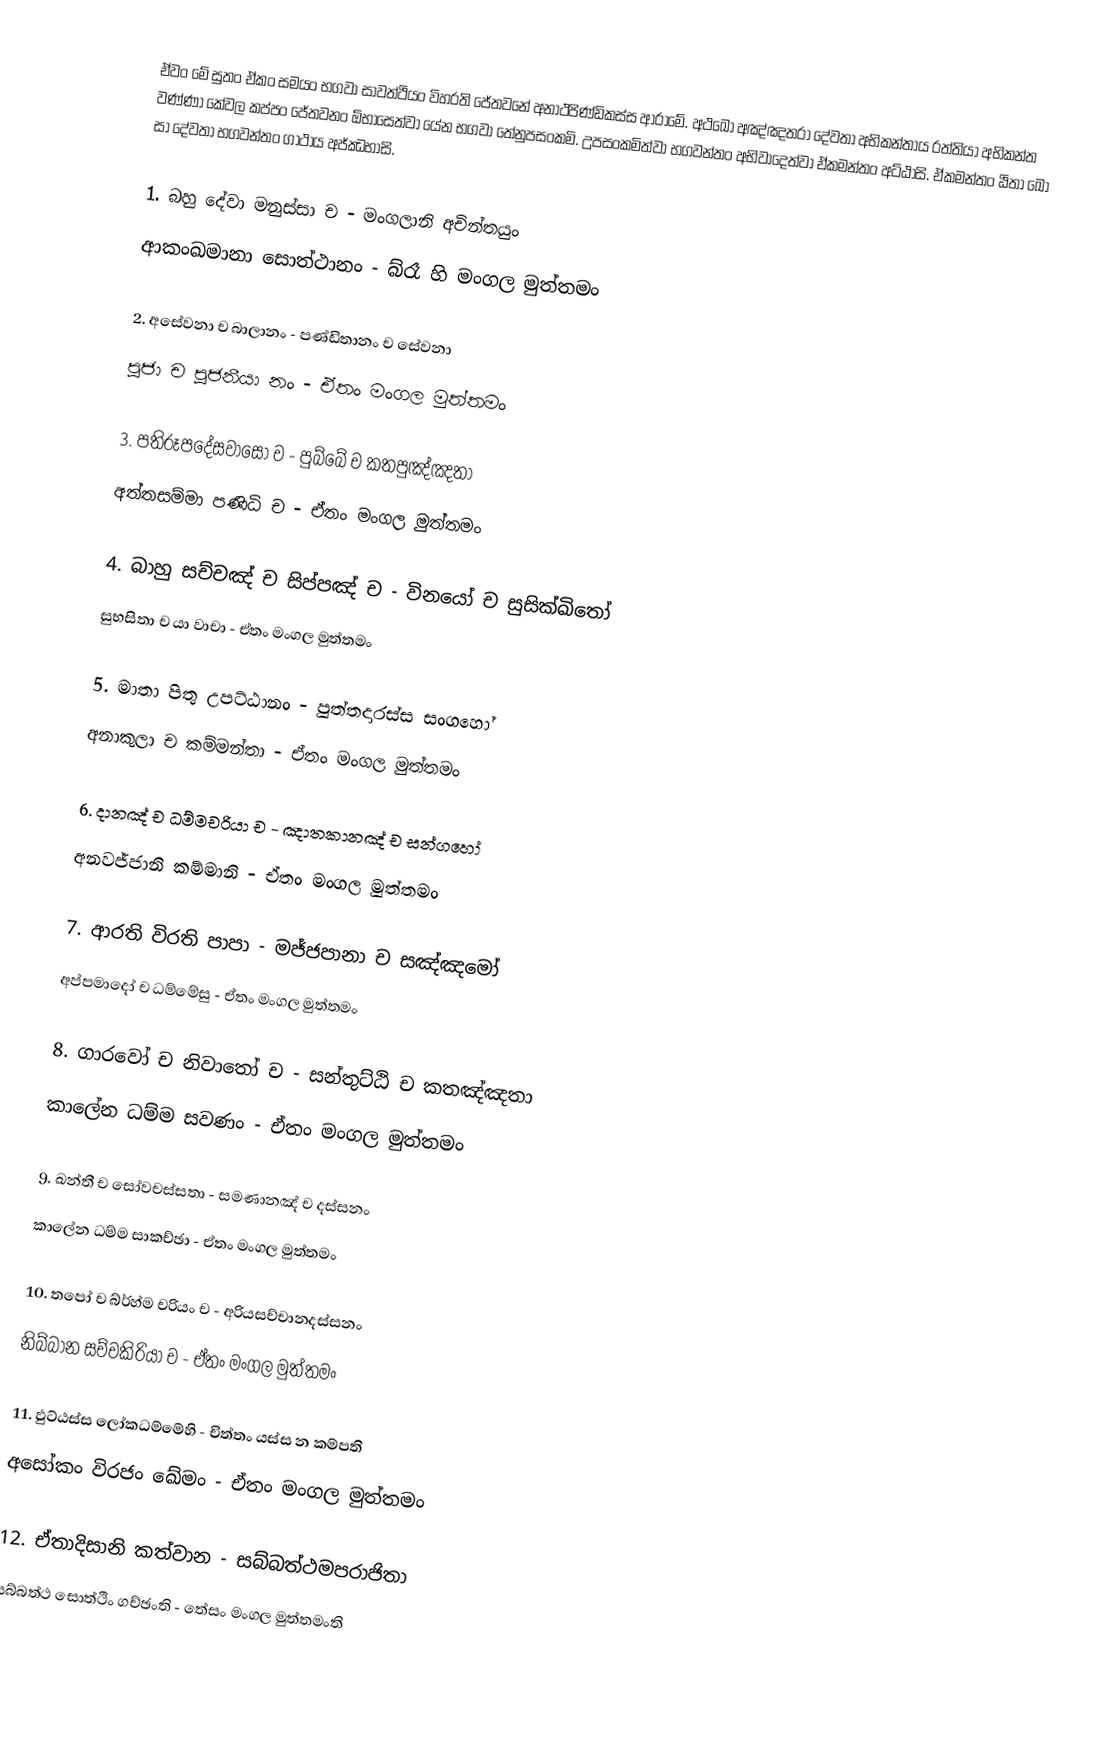
ඒවං මේ සුතං ඒකං සමයං භගවා සාවත්ථියං විහරති ජේතවනේ අනාථපිණ්ඩිකස්ස ආරාමේ. අථඛෝ අඤ්ඤතරා දේවතා අභිකන්තාය රත්තියා අභිකන්ත වණ්ණා කේවල කප්පං ජේතවනං ඕභාසෙත්වා යේන භගවා තේනුපසංකමි. උපසංකමිත්වා භගවන්තං අභිවාදෙත්වා ඒකමන්තං අට්ඨාසි. ඒකමන්තං ඨිතා ඛෝ සා දේවතා භගවන්තං ගාථාය අජ්ඣභාසි.

1.	බහු දේවා මනුස්සා ච - මංගලානි අචින්තයුං
ආකංඛමානා සොත්ථානං - බ්රෑ හි මංගල මුත්තමං

2.	අසේවනා ච බාලානං - පණ්ඩිතානං ච සේවනා
පූජා ච පූජනීයා නං - ඒතං මංගල මුත්තමං

3.	පතිරූපදේසවාසෝ ච - පුබ්බේ ච කතපුඤ්ඤතා
අත්තසම්මා පණිධි ච - ඒතං මංගල මුත්තමං

4.	බාහු සච්චඤ් ච සිප්පඤ් ච - විනයෝ ච සුසික්ඛිතෝ
සුභසිතා ච යා වාචා - ඒතං මංගල මුත්තමං

5.	මාතා පිතු උපට්ඨානං - පුත්තදාරස්ස සංගහෝ
අනාකුලා ච කම්මන්තා - ඒතං මංගල මුත්තමං

6.	දානඤ් ච ධම්මචරියා ච - ඤාතකානඤ් ච සන්ගහෝ
අනවජ්ජානි කම්මානි - ඒතං මංගල මුත්තමං

7.	ආරති විරති පාපා - මජ්ජපානා ච සඤ්ඤමෝ
අප්පමාදෝ ච ධම්මේසු - ඒතං මංගල මුත්තමං

8.	ගාරවෝ ච නිවාතෝ ච -  සන්තුට්ඨි ච කතඤ්ඤතා
කාලේන ධම්ම සවණං - ඒතං මංගල මුත්තමං

9.	ඛන්තී ච සෝවචස්සතා - සමණානඤ් ච දස්සනං
කාලේන ධම්ම සාකච්ඡා - ඒතං මංගල මුත්තමං

10.	තපෝ ච බ්ර්හ්ම චරියං ච - අරියසච්චානදස්සනං
නිබ්බාන සච්චකිරියා ච - ඒතං මංගල මුත්තමං

11.	ඵුට්ඨස්ස ලෝකධම්මේහි - චිත්තං යස්ස න කම්පති
අසෝකං විරජං ඛේමං - ඒතං මංගල මුත්තමං

12.	ඒතාදිසානි කත්වාන - සබ්බත්ථමපරාජිතා
සබ්බත්ථ සොත්ථිං ගච්ඡංති - තේසං මංගල මුත්තමංති